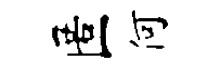
匿何